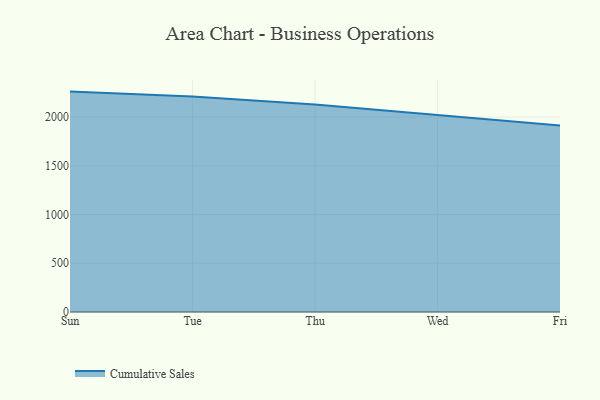
{"axis": {"x": "Day", "y": "Bounce Rate (%)"}, "legend": ["Cumulative Sales"], "data": [{"x": "Sun", "y": 2260.9, "type": "Cumulative Sales"}, {"x": "Tue", "y": 2211.5, "type": "Cumulative Sales"}, {"x": "Thu", "y": 2129.0, "type": "Cumulative Sales"}, {"x": "Wed", "y": 2020.1, "type": "Cumulative Sales"}, {"x": "Fri", "y": 1913.1, "type": "Cumulative Sales"}]}